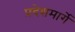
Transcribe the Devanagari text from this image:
प्रदेशमार्गे